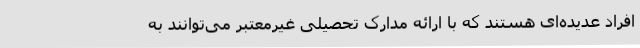
افراد عدیده‌ای هستند که با ارائه مدارک تحصیلی غیرمعتبر می‌توانند به